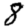
Digit: 8